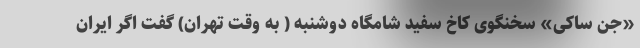
«جن ساکی» سخنگوی کاخ سفید شامگاه دوشنبه ( به وقت تهران) گفت اگر ایران